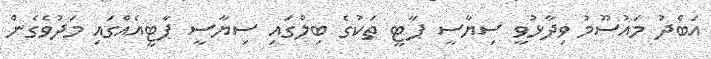
އަބްދު މައުސޫމު ވިދާޅުވީ ސިޔާސީ ޕާޓީ ތަކުގެ ބިލްގައި ސިޔާސީ ޕާޓީއެއްގައި މަދުވެގެން